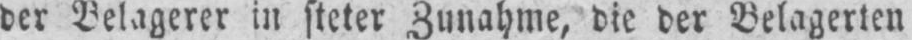
der Belagerer in steter Zunahme, die der Belagerten